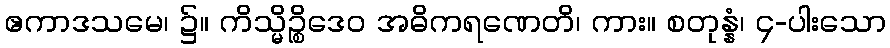
ဧကာဒသမေ၊ ၌။ ကိသ္မိဉ္စိဒေဝ အဓိကရဏေတိ၊ ကား။ စတုန္နံ၊ ၄-ပါးသော